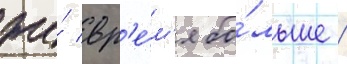
же́ вр'е́м'я бо́льше /